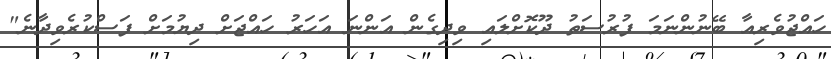
ހައްޖުވެރިއާ ބޭނުންނަމަ ފުރުސަތު ދޫކޮށްލައި ވިދިގެން އަންނަ އަހަރު ހައްޖަށް ދިޔުމަށް ފަސްކުރެވިދާނެ"